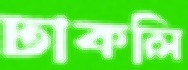
ঢাকলি